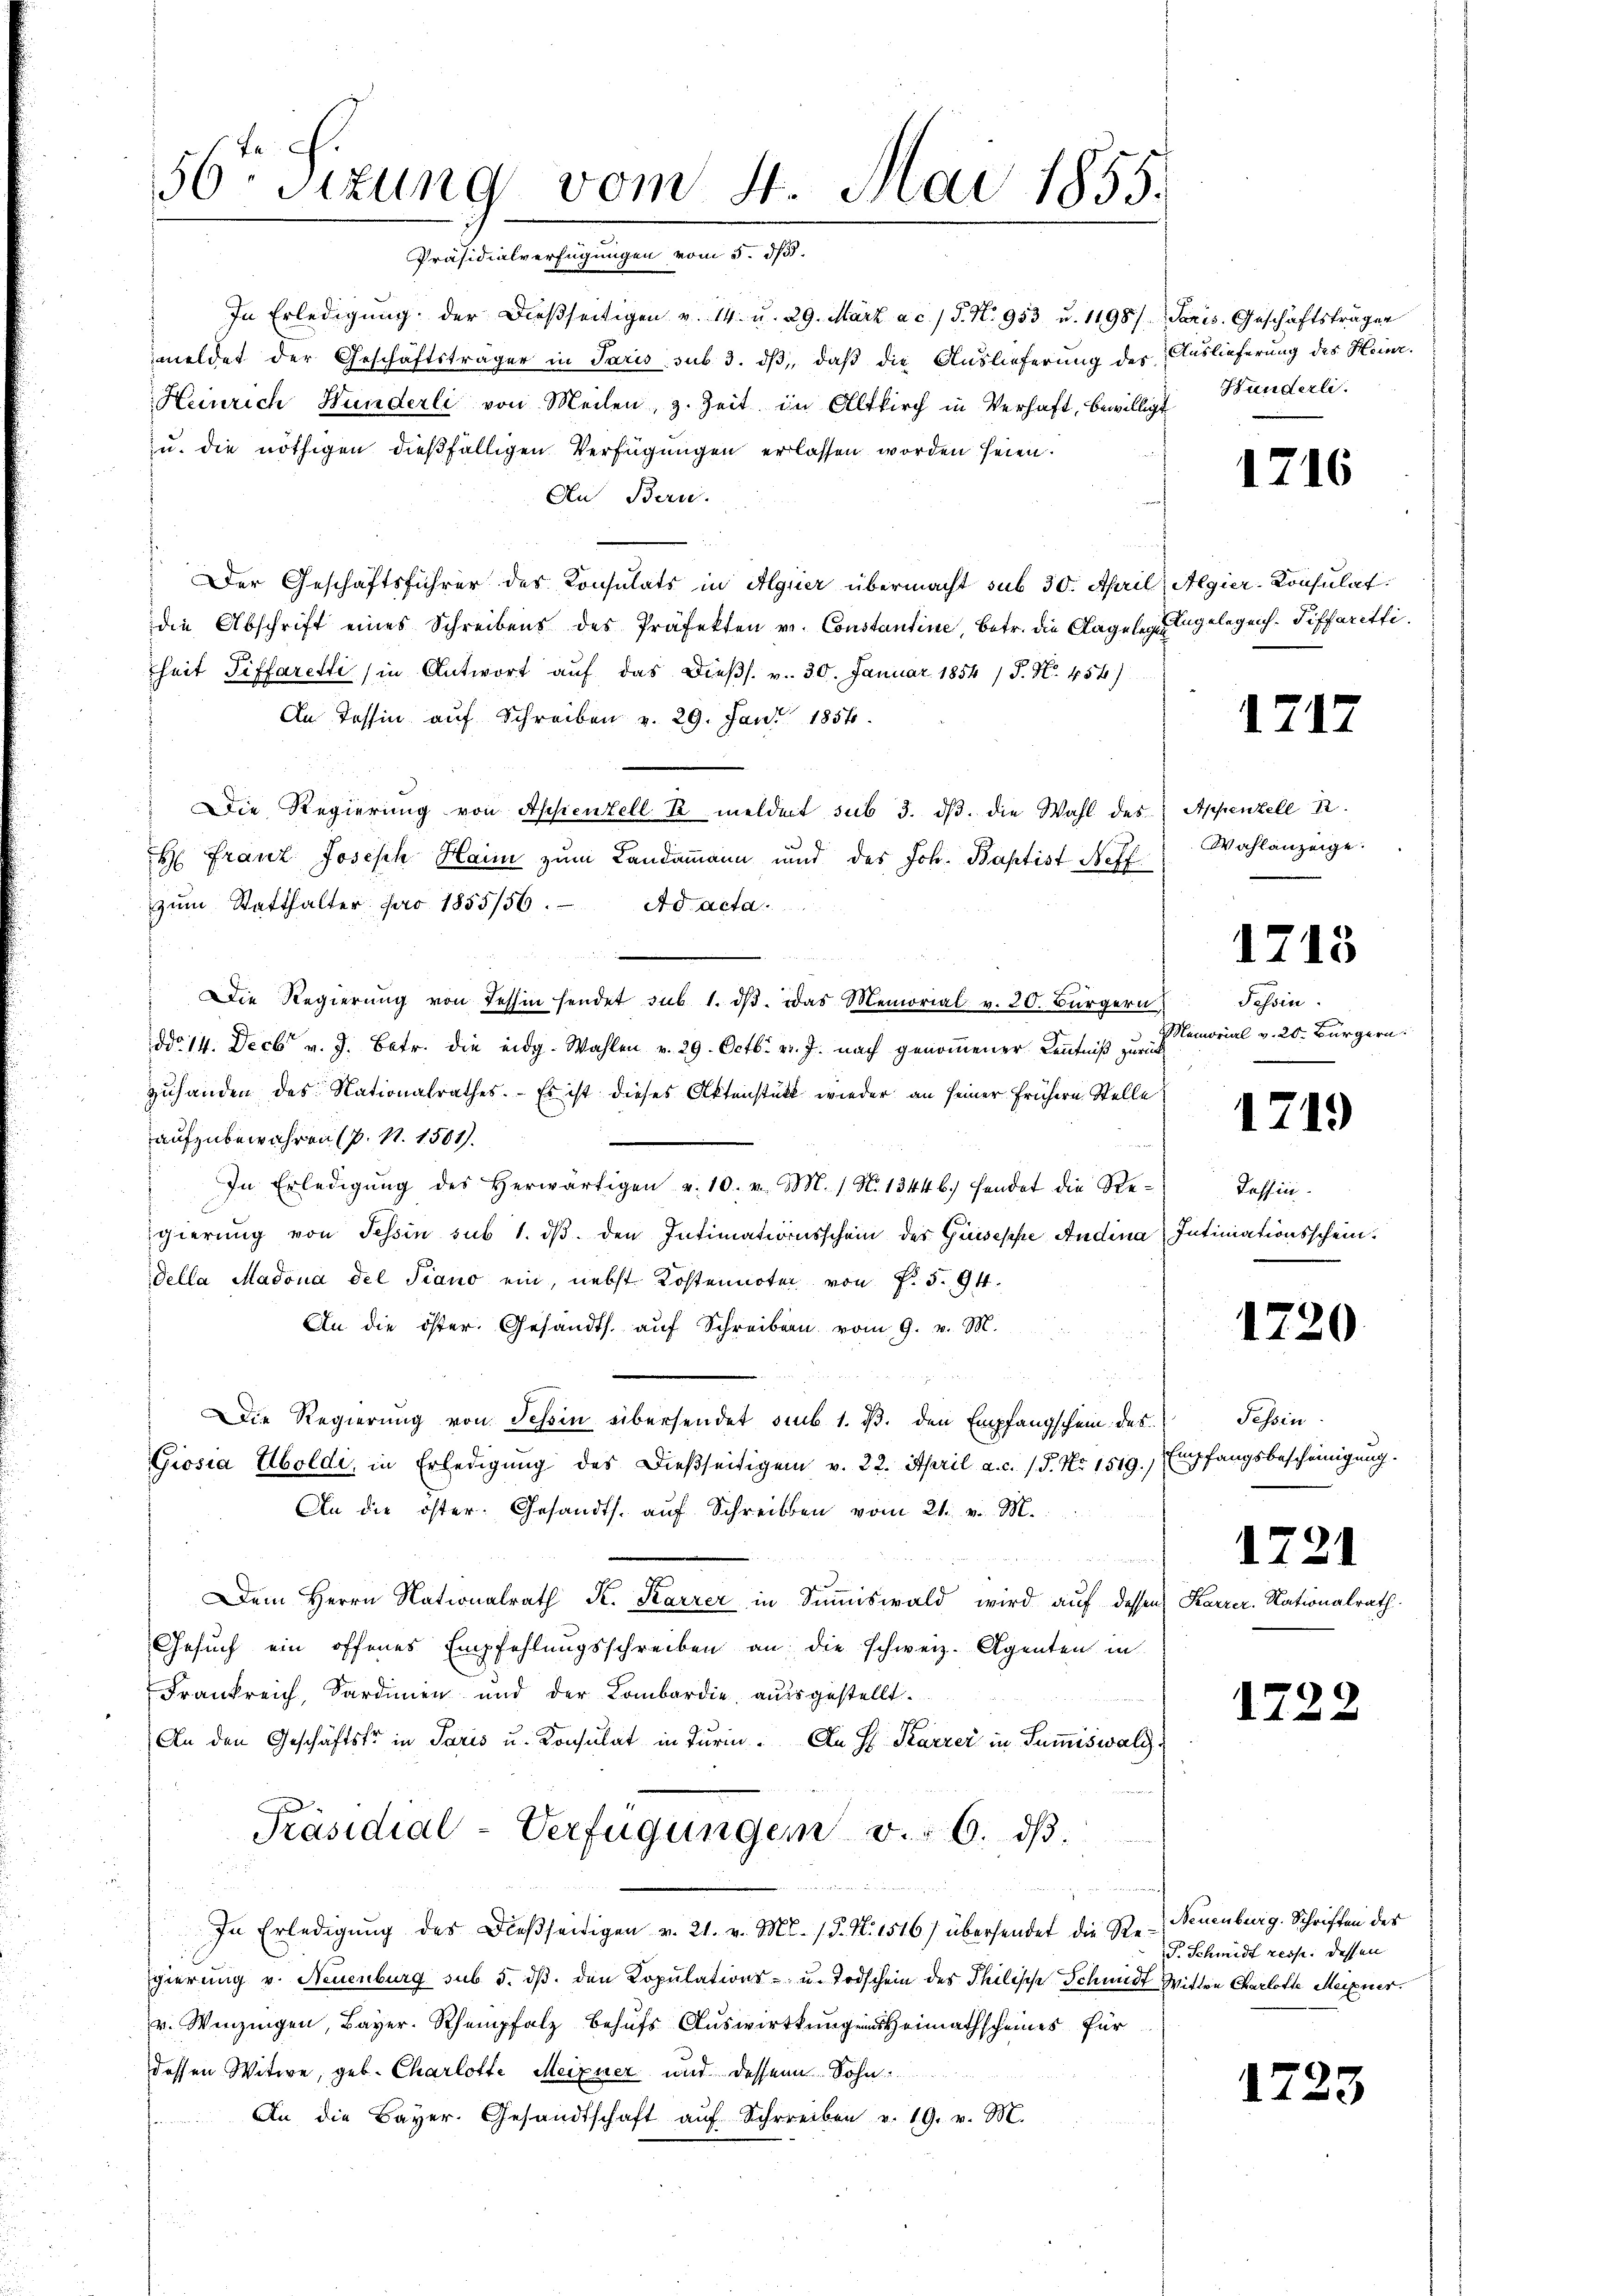
56to Sizung vom 4. Mai 1855.
Präsidialverfügungen vom 5. ds.

In Erledigung der dießseitigen v. 14. u. 29. März a.c. / P. N. 953 u. 1198/
meldet der Geschäftsträger in Paris sub. 3. dβ, daß die Auslieferung der
Heinrich Hunderli von Meilen, z. Zeit in Altkirch in Verhaft, bewilligt
u. die nöthigen dießfälligen Verfügungen erlassen worden seien.
An Bern.
Der Geschäftsführer des Konsulats in Algier übermacht sub 30. April
die Abschrift eines Schreibens des Präfekten v. Constantine, betr. die Klagelege Engelegens-Tiffaretti.
rheit Siffaretti (in Antwort auf das Dießs. v. 30. Januar 1854 /S. Nr. 456)
An Tessin auf Schreiben v. 29. Jan. 1856.
Die Regierung von Appenzell R meldert sub 3. ds. die Wahl des
H: Franz Joseph Haim zum Landammann und des Joh. Baptist Neff
zum Statthalter pro 1855/56.
Ad acta
Die Regierŭng von Tessin sendet sub 1. dβ das Memorial v. 20. Bürgern
ddo 14. Decbr v. J. Betr. die eidg. Wahlen v. 29. Octbr. v. J. nach genommener Kenntniß zurück
zuhanden des Nationalrathes. Es ist dieses Aktenstatt wieder an seiner frühern Stelle
aufzubewahren (p. N. 1501).
In Erledigŭng des herwärtigen u. 10. v. M. 1. N. 13446.) hendet die Regierung von Tessin sub 1. dβ. den Intimationsschein des Guseppe Andina
della Madona del Piano ein, nebst Kostennoter von f. 5. 94.
An die öster. Gesandts. aŭf Schreiben vom 9. v. M.
Die Regierung von Schon übersendet sub 1. d. den Empfangschein des
Giosia Aboldi, in Erledigŭng des Dießseitigen v. 22. April a. c. 15. No. 1519. Empfangsbescheinigŭng.
An die öster. Gesandts. aŭf Schreiben vom 21. v. M.
Dem Herrn Nationalrath K. Karrer in Summiswald wird auf dessen
Gesuch ein offenes Empfehlungsschreiben an die schweiz. Agenten in
Frankreich, Sardinien und der Lombardie, ausgestellt.
An den Geschäftstr in Paris u. Konsulat in Turin. An H Karrer in Summiswald
Präsidial-Verfügungen v. 6. dβ.

In Erledigŭng des dießseitigen v. 21. v. M. /d. N. 1516) übersendet die Ste-Neuenburg. Schriften des
gierung v. Neuenburg sub 5. dβ. den Kopulations- u. Todschein des Philische Schmidt Wittwe Charlotte Meixner.
v. Wenzingen, Bayer. Rhempfalz behufs Auswirkung eins Heimathscheines für
dessen Witwe, geb. Charlotte Meixner und dessene Sohn
An die Bayer. Gesandtschaft aŭf Schreiben v. 19. v. M.

Paris. Geschäftsträgen
Auslieferung des Heinr.
Hunderli.

1

Algier-Konsulat.

1717

Appenzell A.
Wahlanzeige.

1715

Tessin.
Memorial v. 20. Bürgern

1719

Tessin.
Intimationsschein.

1720

1722

716

Tessin.

1721
Karrer. Nationalrath.

P. Schmidt resp. dessen

1723